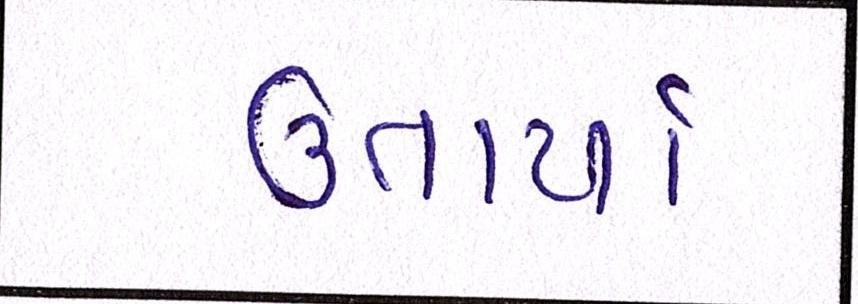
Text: ઉતાર્યા